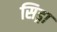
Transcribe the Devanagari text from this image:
सिड्रा